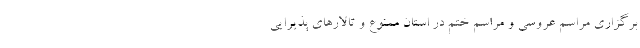
برگزاری مراسم عروسی و مراسم ختم در استان ممنوع و تالارهای پذیرایی